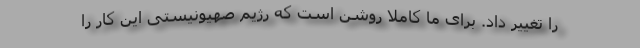
را تغییر داد. برای ما کاملا روشن است که رژیم صهیونیستی این کار را